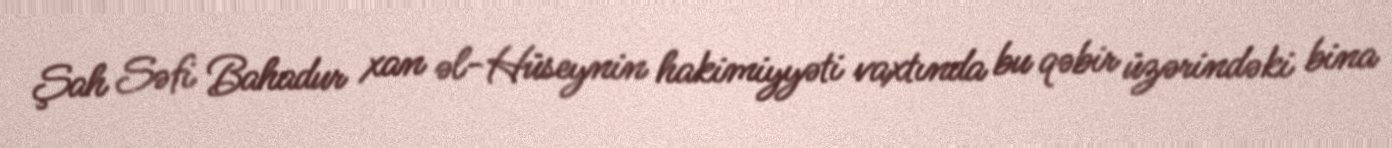
Şah Səfi Bahadur xan əl-Hüseynin hakimiyyəti vaxtında bu qəbir üzərindəki bina